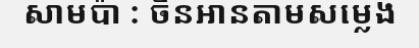
សាមប៉ា : ចិនអានតាមសម្លេង